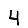
Digit: 4